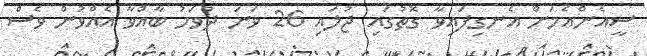
ސީއެންއެމަށް އެނގިފައިވާ ގޮތުގައި ޖުލައި 26 ވަނަ ދުވަހު ބާއްވާ އެއްވުން ވެސް